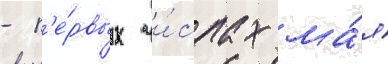
- п'е́рвых чи́слах ма́я